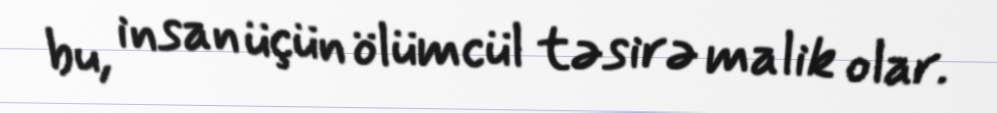
bu, insan üçün ölümcül təsirə malik olar.